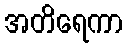
အတိရေကာ